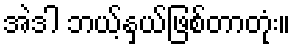
အဲဒါ ဘယ့်နှယ်ဖြစ်တာတုံး။